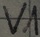
Text: V1